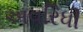
અવરિધી